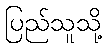
ပြည်သူသို့